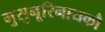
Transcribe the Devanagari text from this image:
मुसुनूरिनायकौ